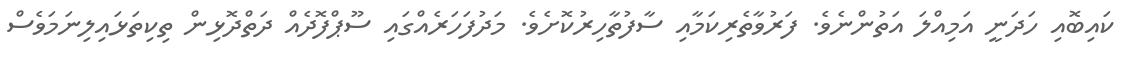
ކައިބޮއި ހަދަނީ އަމިއްލަ އަތުންނެވެ. ފަރުވާތެރިކަމާއި ސާފުތާހިރުކޮށެވެ. މަދުފަހަރެއްގައި ސޫޕްފޮދެއް ދަތްދޮޅިން ތިކިތަޅައިލިނަމަވެސް